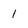
Character: 1